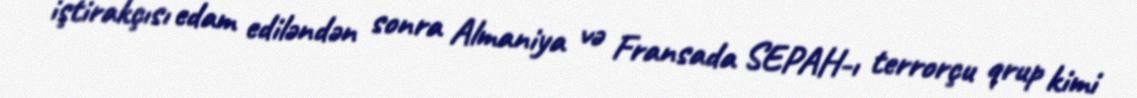
iştirakçısı edam ediləndən sonra Almaniya və Fransada SEPAH-ı terrorçu qrup kimi